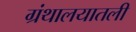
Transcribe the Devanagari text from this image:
ग्रंथालयातली